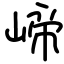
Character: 崹